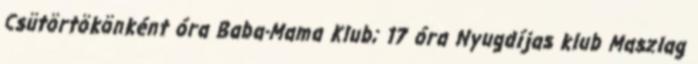
Csütörtökönként óra Baba-Mama Klub; 17 óra Nyugdíjas klub Maszlag